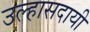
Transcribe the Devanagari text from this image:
उल्हासदायी